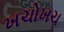
ખચોખચ